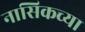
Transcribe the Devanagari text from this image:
नासिकच्या